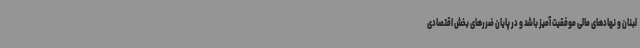
لبنان و نهادهای مالی موفقیت آمیز باشد و در پایان ضررهای بخش اقتصادی